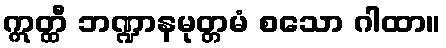
ဣတ္ထီ ဘဏ္ဍာနမုတ္တမံ စသော ဂါထာ။